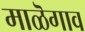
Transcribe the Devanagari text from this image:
माळॆगाव